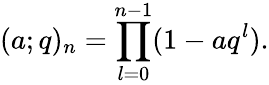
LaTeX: (a;q)_{n}=\prod_{l=0}^{n-1}(1-aq^{l}).